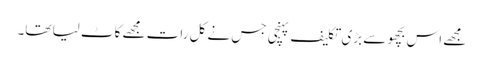
مجھے اس بچھو سے بڑی تکلیف پہنچی جس نے کل رات مجھے کاٹ لیا تھا۔